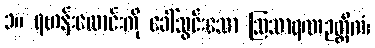
၁။ ရဟန်းလောင်းကို ခေါ်သွင်းသော ဩသာရဏဉတ္တိကံ၊